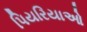
પિયરિયાઓ